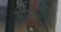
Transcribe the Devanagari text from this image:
ओर्नडोर्फ्फ़